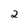
Character: 2